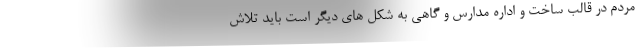
مردم در قالب ساخت و اداره مدارس و گاهی به شکل های دیگر است باید تلاش